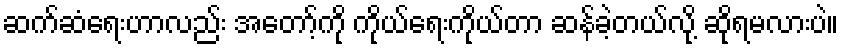
ဆက်ဆံရေးဟာလည်း အတော့်ကို ကိုယ်ရေးကိုယ်တာ ဆန်ခဲ့တယ်လို့ ဆိုရမလားပဲ။